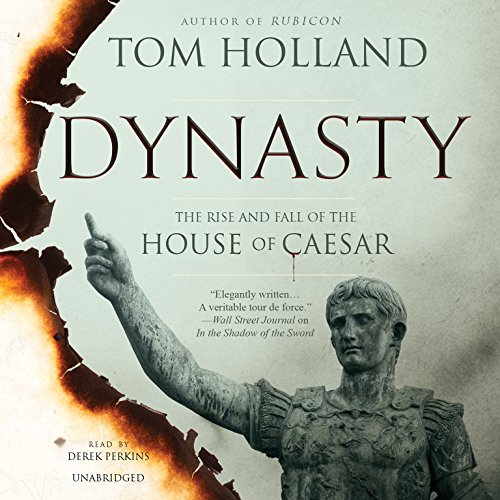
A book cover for Dynasty: The Rise and Fall of the House of Caesar; Tom Holland; History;